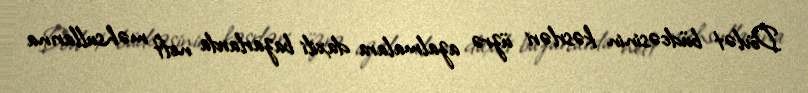
Dövlət büdcəsinin kəsrləri üzrə azalmalara daxili bazarlarda neft məhsullarına